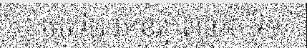
ក្រុមមទី២ មានគ្នា៣នាក់ ទី១/